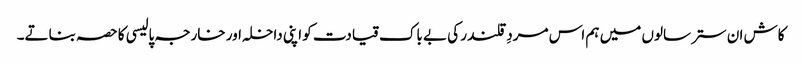
کاش ان ستر سالوں میں ہم اس مردِ قلندر کی بے باک قیادت کو اپنی داخلہ اور خارجہ پالیسی کا حصہ بناتے۔